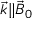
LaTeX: { \vec { k } } \| { \vec { B } } _ { 0 }